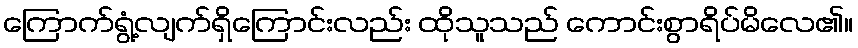
ကြောက်ရွံ့လျက်ရှိကြောင်းလည်း ထိုသူသည် ကောင်းစွာရိပ်မိလေ၏။